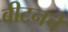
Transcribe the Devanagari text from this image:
बीटनचे